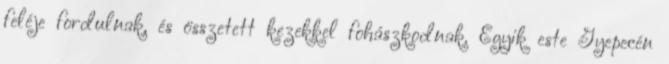
feléje fordulnak, és összetett kezekkel fohászkodnak. Egyik este Gyepecén